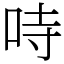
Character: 𠱾